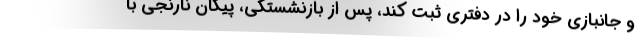
و جانبازي خود را در دفتري ثبت كند، پس از بازنشستگي، پيكان نارنجي با